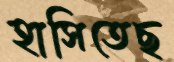
হাসিতেছ